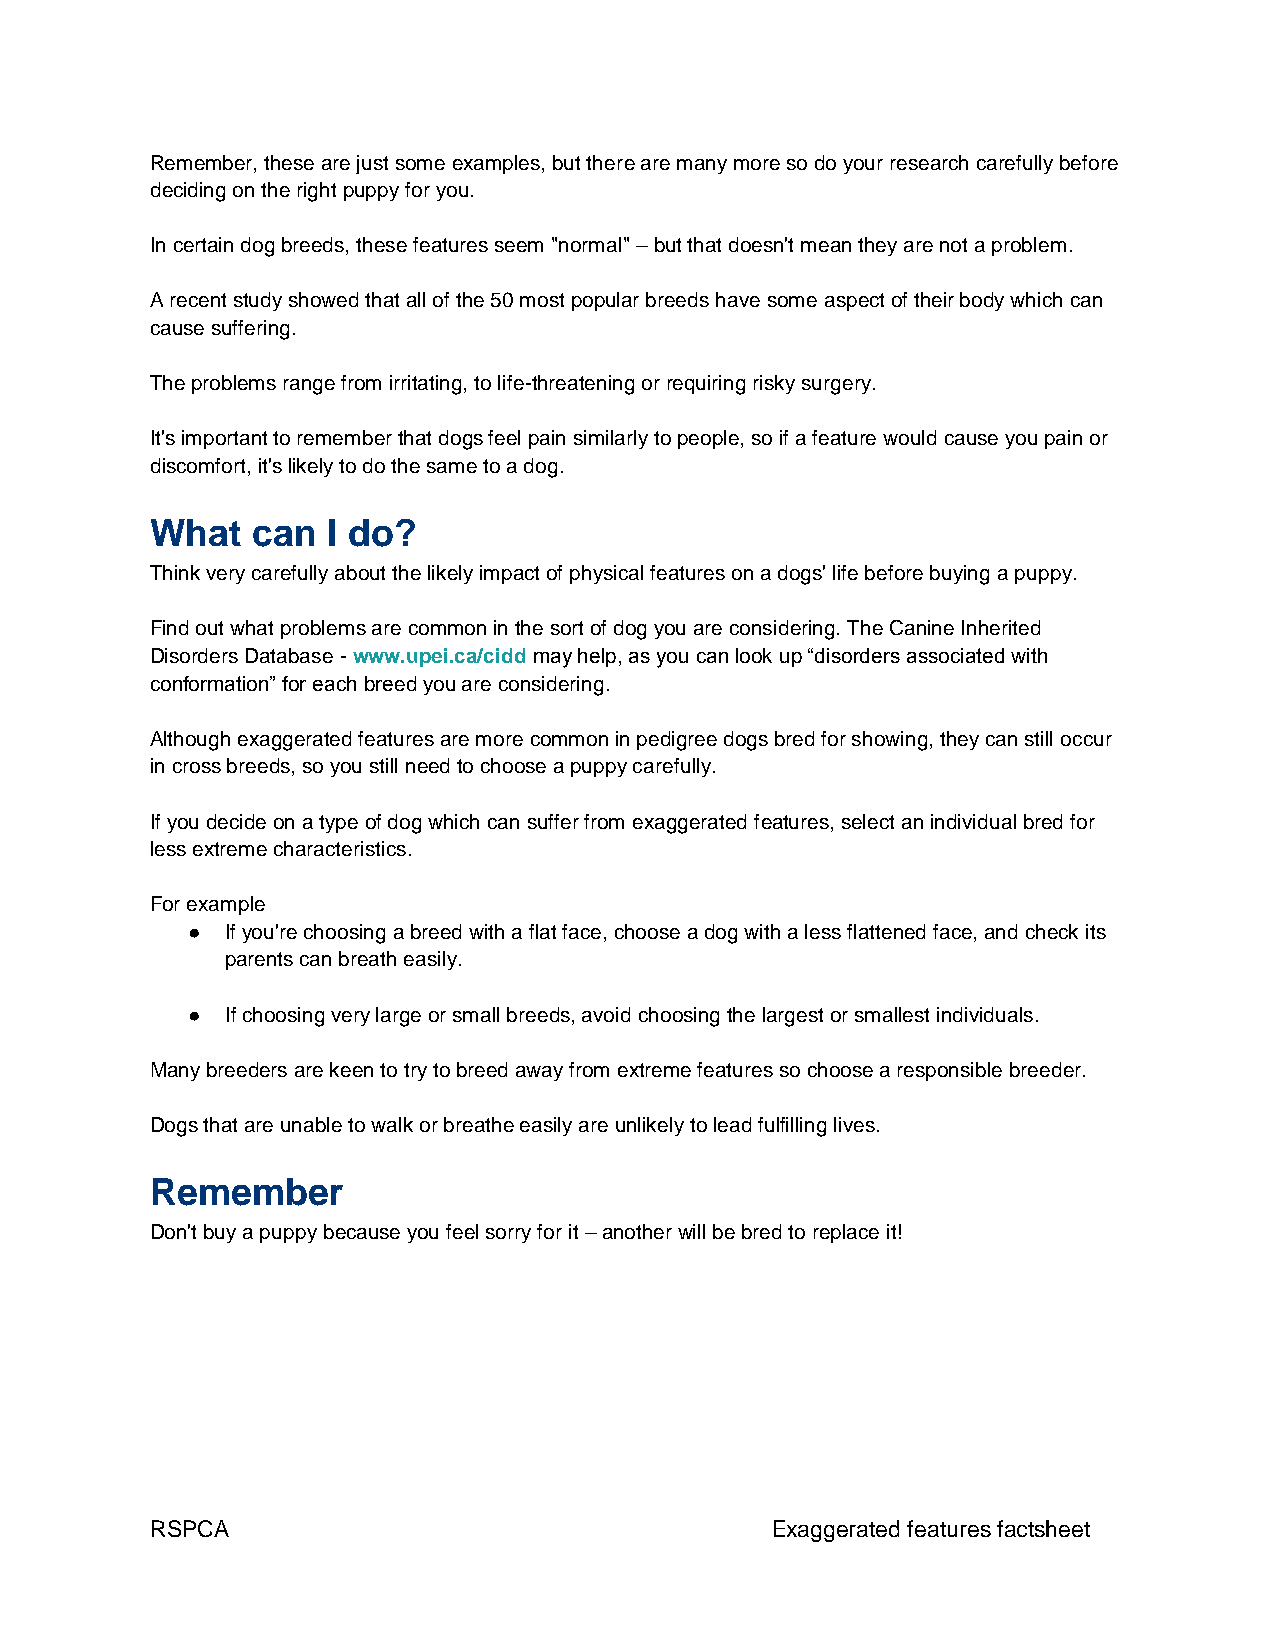
Remember, these are just some examples, but there are many more so do your research carefully before
 deciding on the right puppy for you.
 In certain dog breeds, these features seem "normal" – but that doesn't mean they are not a problem.
 A recent study showed that all of the 50 most popular breeds have some aspect of their body which can
 cause suffering.
 The problems range from irritating, to life-threatening or requiring risky surgery.
 It's important to remember that dogs feel pain similarly to people, so if a feature would cause you pain or
 discomfort, it's likely to do the same to a dog.
 What   can  I do?
 Think very carefully about the likely impact of physical features on a dogs' life before buying a puppy.
 Find out what problems are common in the sort of dog you are considering. The Canine Inherited
 Disorders Database - www.upei.ca/cidd may help, as you can look up “disorders associated with
 conformation” for each breed you are considering.
 Although exaggerated features are more common in pedigree dogs bred for showing, they can still occur
 in cross breeds, so you still need to choose a puppy carefully.
 If you decide on a type of dog which can suffer from exaggerated features, select an individual bred for
 less extreme characteristics.
 For example
 ●  If you're choosing a breed with a flat face, choose a dog with a less flattened face, and check its
 parents can breath easily.
 ●  If choosing very large or small breeds, avoid choosing the largest or smallest individuals.
 Many breeders are keen to try to breed away from extreme features so choose a responsible breeder.
 Dogs that are unable to walk or breathe easily are unlikely to lead fulfilling lives.
 Remember
 Don't buy a puppy because you feel sorry for it – another will be bred to replace it!
 RSPCA                                    Exaggerated features factsheet